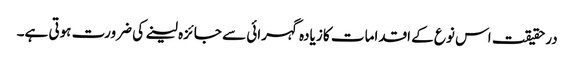
درحقیقت اس نوع کے اقدامات کا زیادہ گہرائی سے جائزہ لینے کی ضرورت ہوتی ہے۔